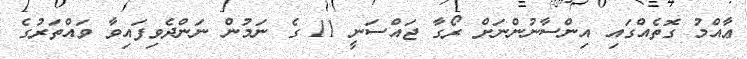
ޢާއްމު ގޮތެއްގައި އިންސާނުންނަށް ރޯގާ ޖައްސަނީ 11 ގެ ނަމުން ނަންދެވިފައިވާ ވައްތަރުގެ